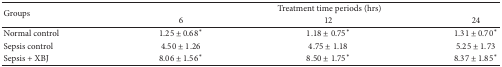
<table><thead><tr><td rowspan="2"><b>Groups</b></td><td colspan="3"><b>Treatment time periods (hrs)</b></td></tr><tr><td><b>6</b></td><td><b>12</b></td><td><b>24</b></td></tr></thead><tbody><tr><td>Normal control</td><td>1.25 ± 0.68*</td><td>1.18 ± 0.75*</td><td>1.31 ± 0.70*</td></tr><tr><td>Sepsis control</td><td>4.50 ± 1.26</td><td>4.75 ± 1.18</td><td>5.25 ± 1.73</td></tr><tr><td>Sepsis + XBJ</td><td>8.06 ± 1.56*</td><td>8.50 ± 1.75*</td><td>8.37 ± 1.85*</td></tr></tbody></table>